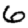
Digit: 6